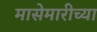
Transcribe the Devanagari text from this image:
मासेमारीच्या